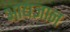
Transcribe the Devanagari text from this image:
आद्यज्ञान